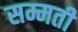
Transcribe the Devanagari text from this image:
सम्मती